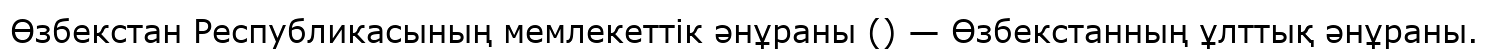
Өзбекстан Республикасының мемлекеттік әнұраны () — Өзбекстанның ұлттық әнұраны.